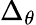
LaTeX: \Delta_{\theta}